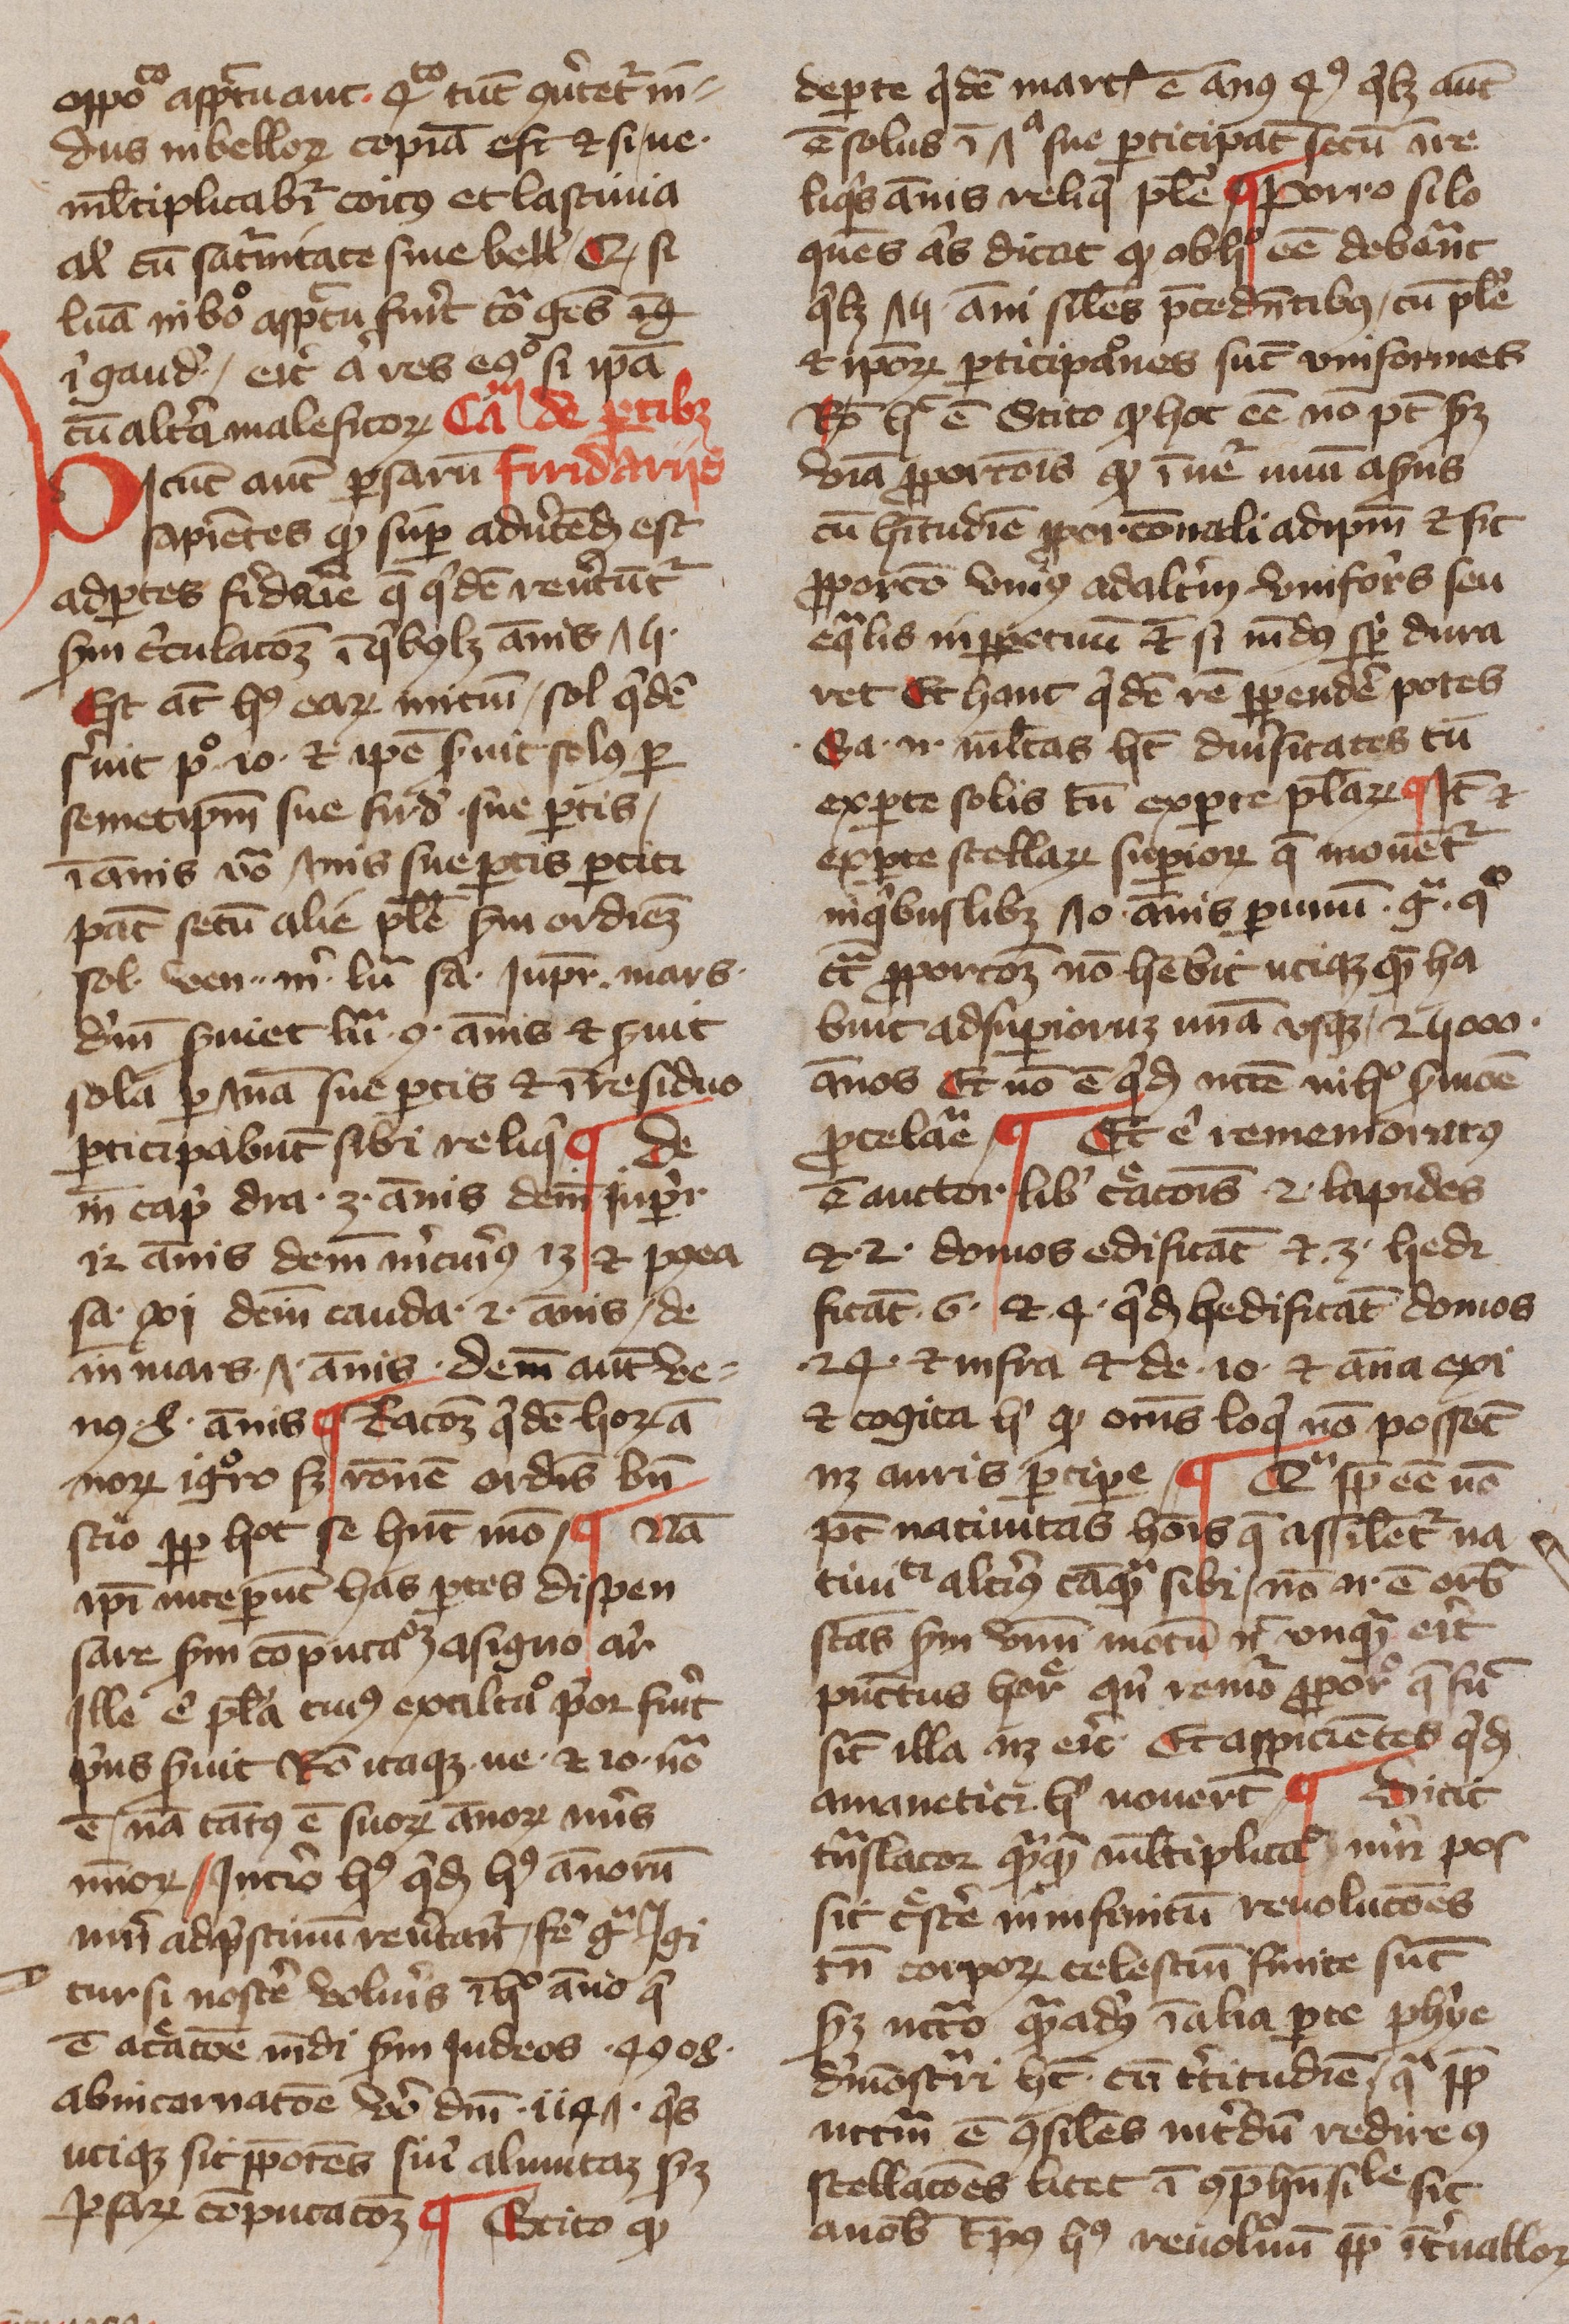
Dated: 1400–1499